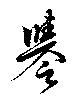
譽